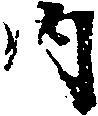
内